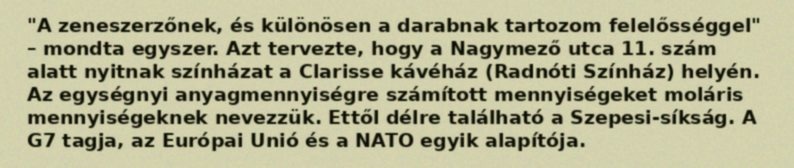
"A zeneszerzőnek, és különösen a darabnak tartozom felelősséggel" – mondta egyszer. Azt tervezte, hogy a Nagymező utca 11. szám alatt nyitnak színházat a Clarisse kávéház (Radnóti Színház) helyén. Az egységnyi anyagmennyiségre számított mennyiségeket moláris mennyiségeknek nevezzük. Ettől délre található a Szepesi-síkság. A G7 tagja, az Európai Unió és a NATO egyik alapítója.